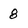
Character: 8